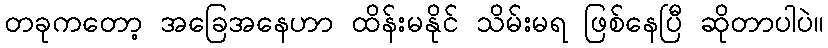
တခုကတော့ အခြေအနေဟာ ထိန်းမနိုင် သိမ်းမရ ဖြစ်နေပြီ ဆိုတာပါပဲ။